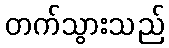
တက်သွားသည်